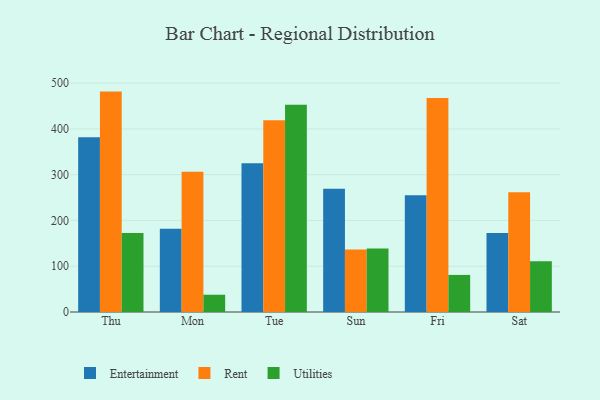
{"axis": {"x": "Day", "y": "Energy Usage (MWh)"}, "legend": ["Entertainment", "Rent", "Utilities"], "data": [{"x": "Thu", "y": 381.8, "type": "Entertainment"}, {"x": "Thu", "y": 481.5, "type": "Rent"}, {"x": "Thu", "y": 172.6, "type": "Utilities"}, {"x": "Mon", "y": 181.9, "type": "Entertainment"}, {"x": "Mon", "y": 306.2, "type": "Rent"}, {"x": "Mon", "y": 37.7, "type": "Utilities"}, {"x": "Tue", "y": 324.8, "type": "Entertainment"}, {"x": "Tue", "y": 419.1, "type": "Rent"}, {"x": "Tue", "y": 452.6, "type": "Utilities"}, {"x": "Sun", "y": 269.3, "type": "Entertainment"}, {"x": "Sun", "y": 136.7, "type": "Rent"}, {"x": "Sun", "y": 138.5, "type": "Utilities"}, {"x": "Fri", "y": 254.9, "type": "Entertainment"}, {"x": "Fri", "y": 467.3, "type": "Rent"}, {"x": "Fri", "y": 81.0, "type": "Utilities"}, {"x": "Sat", "y": 172.8, "type": "Entertainment"}, {"x": "Sat", "y": 261.4, "type": "Rent"}, {"x": "Sat", "y": 110.9, "type": "Utilities"}]}